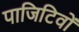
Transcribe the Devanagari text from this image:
पाजिटिवों